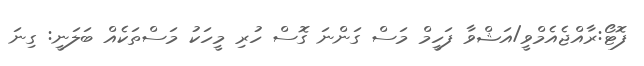
ފޮޓޯ:ރާއްޖެއެމްވީ/އަޝްވާ ފަހީމް މަސް ގަންނަ ގޮސް ހުރި މީހަކު މަސްތަކެއް ބަލަނީ: ގިނަ